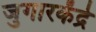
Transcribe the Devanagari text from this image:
जुगारकेंद्रे